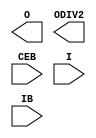
///////////////////////////////////////////////////////////////////////////////
// Copyright (c) 1995/2010 Xilinx, Inc.
// All Right Reserved.
///////////////////////////////////////////////////////////////////////////////
//   ____  ____
//  /   /\/   /
// /___/  \  /    Vendor : Xilinx
// \   \   \/     Version : 10.1
//  \   \         Description : Xilinx Functional Simulation Library Component
//  /   /                  Differential Signaling Input Buffer
// /___/   /\     Filename : IBUFDS_GTE2.v
// \   \  /  \    Timestamp : Tue Jun  1 14:31:01 PDT 2010
//  \___\/\___\
//
// Revision:
//    06/01/10 - Initial version.
//    09/12/11 - 624988 -- Changed CLKSWING_CFG from blooean to bits
// End Revision

`timescale  1 ps / 1 ps

module IBUFDS_GTE2 (
  output O,
  output ODIV2,

  input CEB,
  input I,
  input IB
);
endmodule